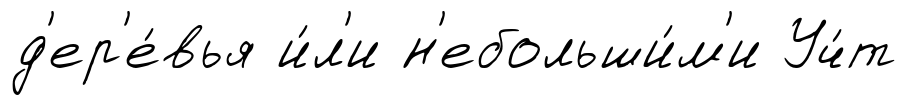
д'ер'е́вья и́л'и н'ебольши́м'и Уч́т